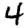
Digit: 4